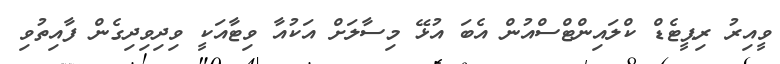
ވީއިރު ރިޕީޓެޑް ކްލައިންޓްސްއުން އެބަ އުޅޭ މިސާލަށް އަކުއާ ވިޓާއަކީ ވިދިވިދިގެން ފާއިތުވި